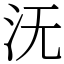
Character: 𣲘